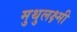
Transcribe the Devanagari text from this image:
मुथुलक्ष्मी